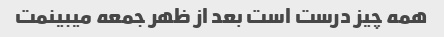
همه چیز درست است بعد از ظهر جمعه میبینمت